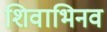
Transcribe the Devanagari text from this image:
शिवाभिनव